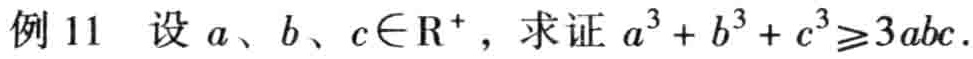
例 11 设 \(a、b、c\in\mathrm{R}^{+}\)，求证 \(a^{3}+b^{3}+c^{3}\geq3abc\)